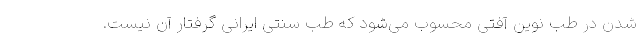
شدن در طب نوین آفتی محسوب می‌شود که طب سنتی ایرانی گرفتار آن نیست.